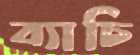
ব্যাচি